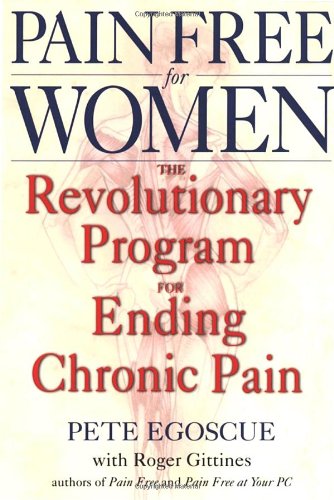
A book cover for Pain Free for Women: The Revolutionary Program for Ending Chronic Pain; Pete Egoscue; Health, Fitness & Dieting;